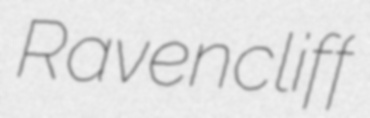
Ravencliff